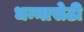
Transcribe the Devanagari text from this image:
धन्नासेठी